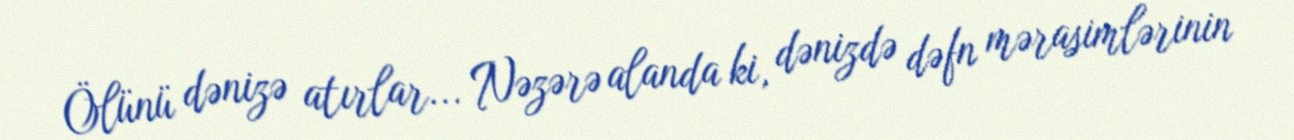
Ölünü dənizə atırlar... Nəzərə alanda ki, dənizdə dəfn mərasimlərinin